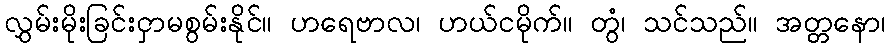
လွှမ်းမိုးခြင်းငှာမစွမ်းနိုင်။ ဟရေဗာလ၊ ဟယ်ငမိုက်။ တွံ၊ သင်သည်။ အတ္တနော၊